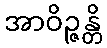
အာဝိဉ္ဇန္တိ